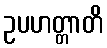
ဥပဟတ္တာတိ